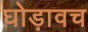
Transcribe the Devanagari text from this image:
घोड़ावच